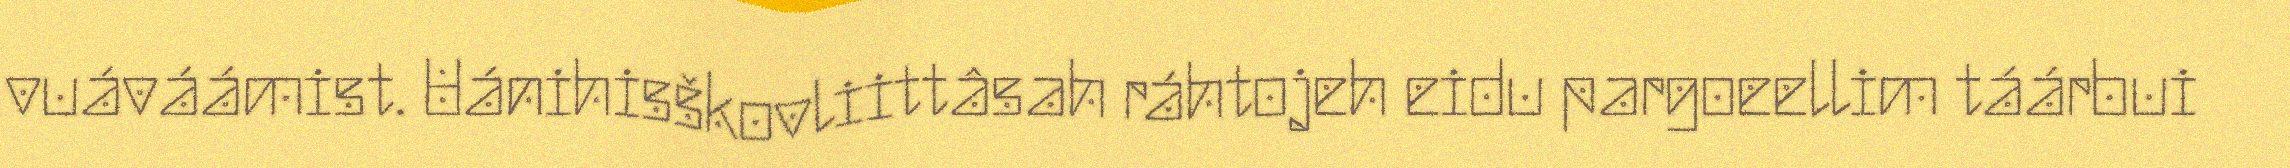
vuáváámist. Uánihisškovliittâsah ráhtojeh eidu pargoeellim táárbui